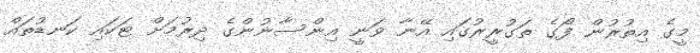
މީގެ އިތުރުން ފޯގެ ތަގުރީރުގައި އޭނާ ވަނީ އިންސާނުންގެ ދިރުމަށް ޓަކައި ކަނޑުތައް